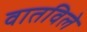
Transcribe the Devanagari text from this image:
वातविले